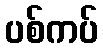
ပစ်ကပ်